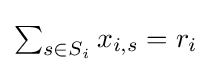
\textstyle \sum _{s\in S_{i}}x_{i,s}=r_{i}